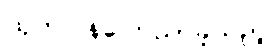
ထုတ်ပြန်ကြေညာခဲ့သည့်